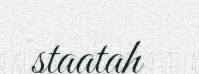
staatah